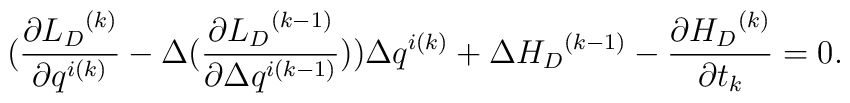
(\frac{\partial{{L}_D}^{(k)}}{\partial q^{i (k)}}-\Delta (\frac{\partial{{L}_D}^{(k-1)}}{\partial \Delta q^{i(k-1)}}))\Delta q^{i (k)}+\Delta {{H}_D}^{(k-1)}-\frac{\partial{H_D}^{(k)}}{\partial t_k}=0.